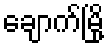
ချောက်မြို့